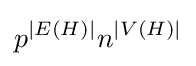
p^{|E(H)|}n^{|V(H)|}